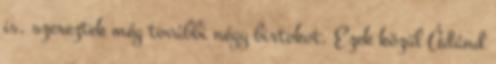
is, szereztek még további négy birtokot. Ezek közül Ádánd